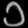
Digit: ၁